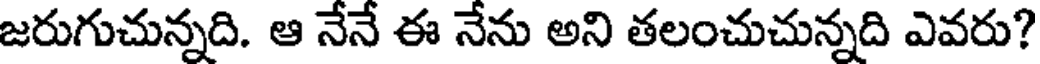
జరుగుచున్నది. ఆ నేనే ఈ నేను అని తలంచుచున్నది ఎవరు?